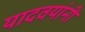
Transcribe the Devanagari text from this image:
यादवयांनी